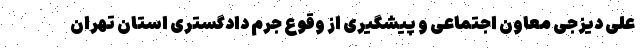
علی دیزجی معاون اجتماعی و پیشگیری از وقوع جرم دادگستری استان تهران